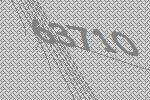
63710